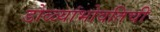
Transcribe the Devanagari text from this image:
डोळ्यांभोवतिची